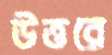
উত্তরে